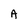
Character: A